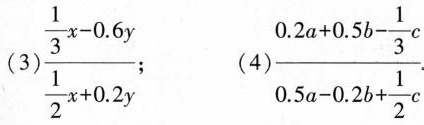
(3) $$\frac{\frac{1}{3}x-0.6y}{\frac{1}{2}x+0.2y}$$ (4)$$\frac{0.2a+0.5b- \frac{1}{3}c}{0.5a-0.2b+ \frac{1}{2}}.$$